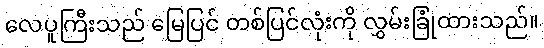
လေပူကြီးသည် မြေပြင် တစ်ပြင်လုံးကို လွှမ်းခြုံထားသည်။